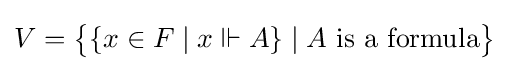
V={\big \{}\{x\in F\mid x\Vdash A\}\mid A{\hbox{ is a formula}}{\big \}}